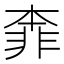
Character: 𩇶